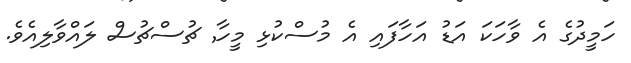
ހަމީދުގެ އެ ވާހަކަ އަޑު އަހާފައި އެ މުސްކުޅި މީހާ